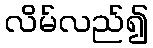
လိမ်လည်၍